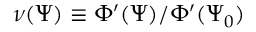
\nu ( \Psi ) \equiv \Phi ^ { \prime } ( \Psi ) / \Phi ^ { \prime } ( \Psi _ { 0 } )